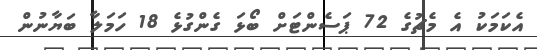
އެކަމަކު އެ މެޗުގެ 72 ޕަސެންޓަށް ބޯޅަ ގެންގުޅެ 18 ހަމަލާ ބަޔާނުން